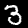
Label: 3